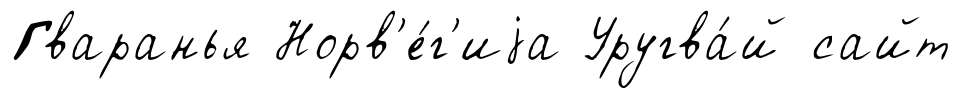
Гваранья Норв'е́г'иjа Уругва́й сайт